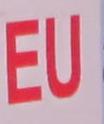
eu